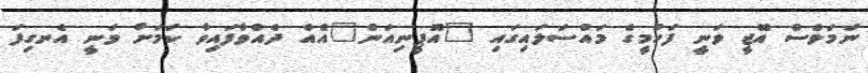
ނަމަވެސް އޭޖީ ވަނީ ފަހުމީގެ މައްސަލައިގައި "އޮޕީނިއަން"އެއް ދެއްވާފައިވާ ކަމަށް ވަނީ އެނގިފަ